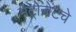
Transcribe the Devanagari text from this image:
मेट्रोजेटचे